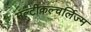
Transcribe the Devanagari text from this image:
मल्टीकल्चर्लिज्म